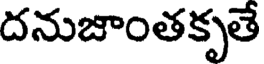
దనుజాంతకృతే